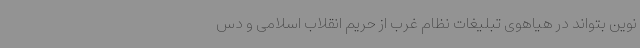
نوین بتواند در هیاهوی تبلیغات نظام غرب از حریم انقلاب اسلامی و دس